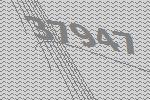
37947